Reports on dispensaries and lunatic asylums in the Province of Oudh - 1869-1876
Year: 1869
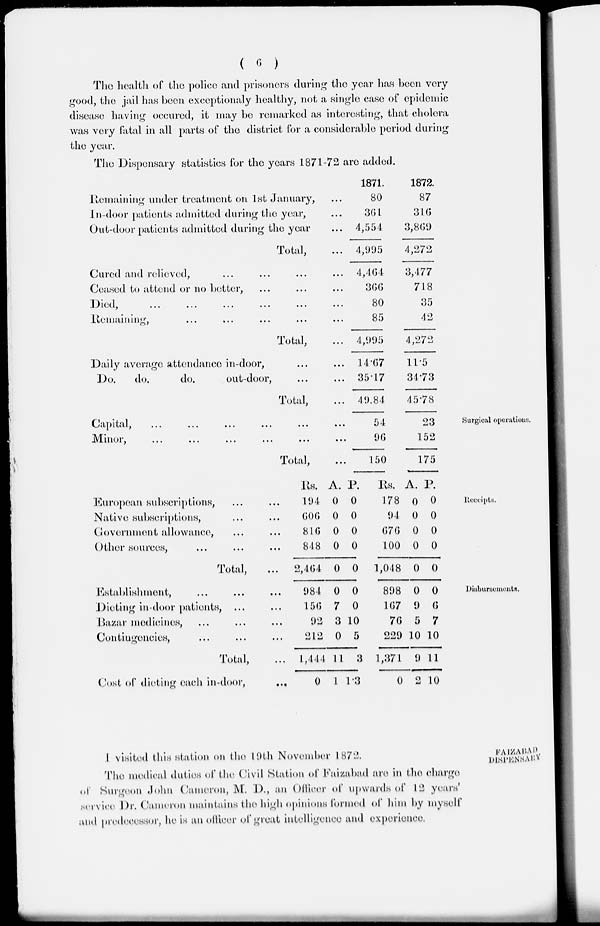
( 6 )
The health of the police and prisoners during the year has been very
good, the jail has been exceptionaly healthy, not a single case of epidemic
disease having occured, it may be remarked as interesting, that cholera
was very fatal in all parts of the district for a considerable period during
the year.
The Dispensary statistics for the years 1871-72 are added.
Remaining under treatment on 1st January, ...
In-door patients admitted during the year, ...
Out-door patients admitted during the year ...
Total, ...
Cured and relieved, ... ... ... ...
Ceased to attend or no better, ... ... ...
Died, ... ... ... ... ... ...
Remaining, ... ... ... ... ...
Total, ...
Daily average attendance in-door, ... ...
Do.
do.
do.
out-door, ... ...
Total, ...
1871.
80
361
4,554
4,995
4,464
366
80
85
4,995
14.67
35.17
49.84
1872.
87
316
3,869
4,272
3,4 77
718
35
42
4,272
11.5
34.73
45.78
Surgical operations.
Capical,
...
...
...
...
...
...
Minor, ... ... ... ... ... ...
Total, ...
54
90
150
23
152
175
Receipts.
European subscriptions, ... ...
Native subscriptions, ... ...
Government allowance, ... ...
Other sources, ... ... ...
Total, ...
Rs.
194
606
816
848
2,404
A.
0
0
0
0
0
P.
0
0
0
0
0
Rs.
178
94
676
100
1,048
A.
0
0
0
0
0
P.
0
0
0
0
0
Disbursements.
Establishment, ... ... ...
Dieting in-door patients, ... ...
Bazar medicines, ... ... ...
Contingencies, ... ... ...
Total, ...
Cost of dieting each in-door,
...
984
156
92
212
1,444
0
0
7
3
0
11
1
0
0
10
5
3
1.3
898
167
76
229
1,371
0
0
9
5
10
9
2
0
6
7
10
11
10
FAIZABAD
DISPENSARY.
I visited this station on the 19th November 1872.
The medical duties of the Civil Station of Faizabad are in the charge
of Surgeon John Cameron, M.D., an Officer of upwards of 12 years'
service Dr. Cameron maintains the high opinions formed of him by myself
and predecessor, he is an officer of great intelligence and experience.